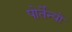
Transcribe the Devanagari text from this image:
पोर्तेन्यो